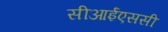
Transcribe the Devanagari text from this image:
सीआईएससी